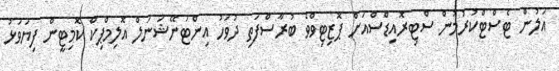
އަލުން ޓެސްޓްކުރުމުން ސްޓިރޮއިޑްސްއަށް ޕޮޒިޓިވްވެ ބުރާސްފަތި ދުވަހު އިންޓަނޭޝަނަލް އޮލިމްޕިކް ކޮމިޓީންް ފިޔަވަޅު